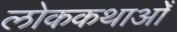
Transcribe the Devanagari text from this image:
लोककथाओँ